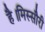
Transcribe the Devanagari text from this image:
है।मिस्सौरी